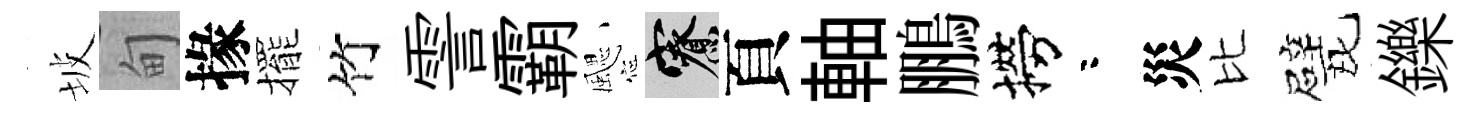
坡甸掾擺竹霅霸颸寮頁軸鵬撈咯災比戏鑠